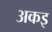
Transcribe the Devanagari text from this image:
अकइ